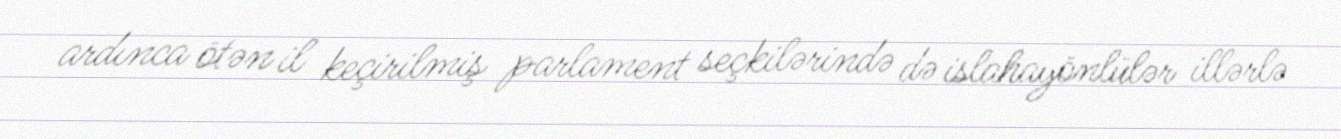
ardınca ötən il keçirilmiş parlament seçkilərində də islahayönlülər illərlə